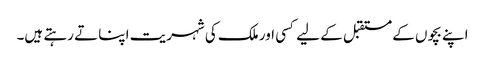
اپنے بچوں کے مستقبل کے لیے کسی اور ملک کی شہریت اپنا تے رہتے ہیں۔